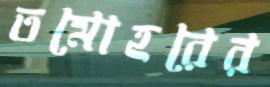
তমোহরের